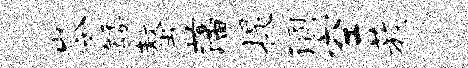
岑矮螯藩提溷空蔟